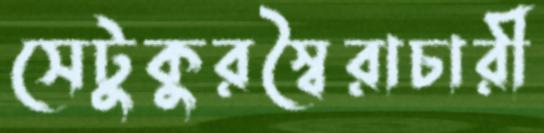
সেটুকুরস্বৈরাচারী